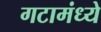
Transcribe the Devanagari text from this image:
गटामंध्ये